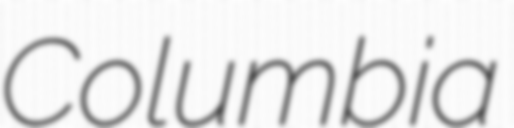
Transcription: Columbia